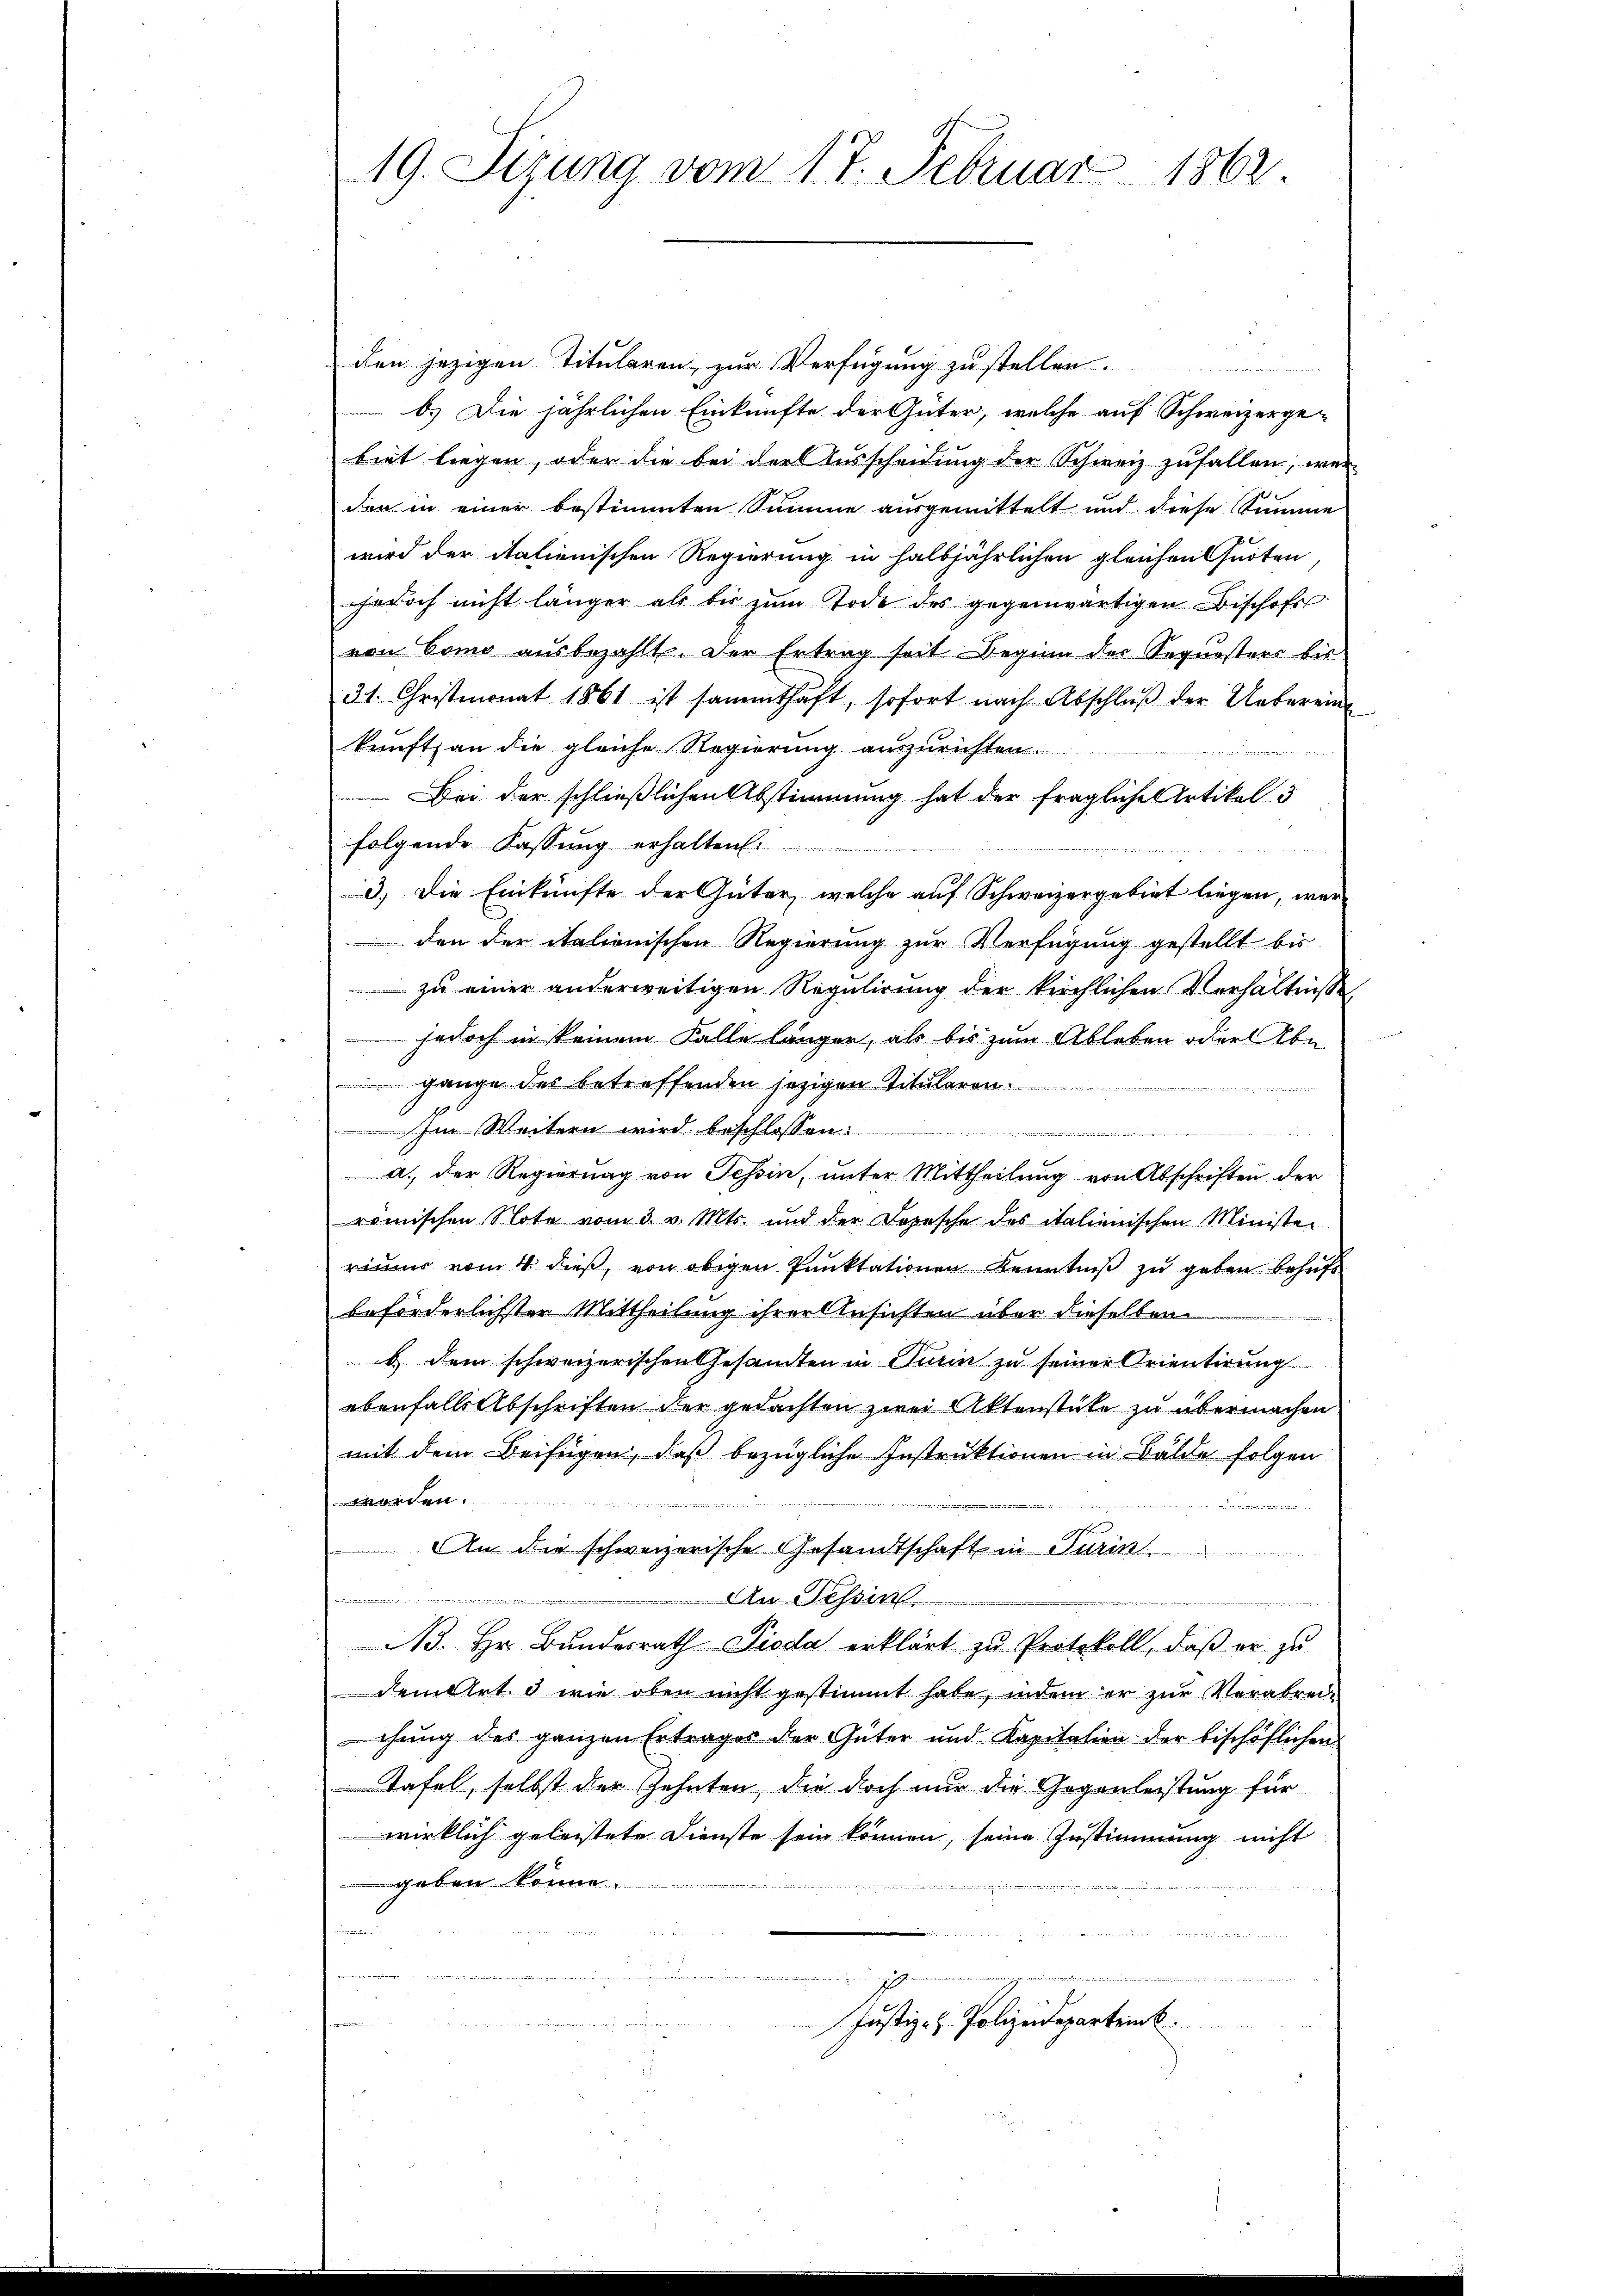
19. Sizung vom 17. Februar 1862.

den jezigen Titularen, zur Verfügung zu stellen.
b.) Die jährlichen Einkünfte der Güter, welche auf Schweizerge-
biet liegen, oder die bei der Ausscheidung der Schweiz zufallen, wenn
den in einer bestimmten Summe ausgemittelt und diese Summe
wird der italienischen Regierung in halbjährlichen gleichen Quoten
jedoch nicht länger als bis zŭm Tode des gegenwärtigen Bischofs
von Como ausbezahlt. Der Ertrag seit Beginn des Sequesters bis
31. Christmonat 1861 ist sammthaft, sofort nach Abschluß der Uebereinkunft, an die gleiche Regierung auszurichten.
Bei der schließlichen Abstimmung hat der fragliche Artikel 3
folgende Fassung erhalten:

3.) Die Einkünfte der Güter, welche auf Schweizergebiet liegen, wer
den der italienischen Regierung zur Verfügung gestellt bis
 zu einer anderweitigen Regulirung der kirchlichen Verhältnisse
 jedoch in keinem Falle länger, als bis zum Ableben oder Abe
gange des betreffenden jezigen Titularen.

Im Weitern wird beschlossen:
e
a. Der Regierung von Tessin, unter Mittheilung von Abschriften der
römischen Note vom 3. v. Mts. und der Depesche des italienischen Minister
rimmer vom 4. dieß, von obigen Punktationen Kenntniß zu geben behufs
beförderlichster Mittheilung ihrer Ansichten über dieselben
b. dem schweizerischen Gesandten in Turin zu seiner Orientirung
ebenfalls Abschriften der gedachten zwei Aktenstüke zu übermachen
mit dem Beifügen, daß bezügliche Instruktionen in Bälde folgen
worden.
An die schweizerische Gesandtschaft in Turin
An Tessin
e
.
A. Hr. Bundesrath Pioda erklärt zu Protokoll, daß er zu
dem Ort & wie oben nicht gestimmt habe, indem er zur Verabreichung des ganzen Ertrages der Güter und Kapitalien der beschöflichen
Tafel, selbst der Zehnten, die doch nur die Gegenleistung für
wirklich geleistete Dienste sein können, seine Zustimmung nicht
geben könne.
n

Justiz- & Polizeideparteink